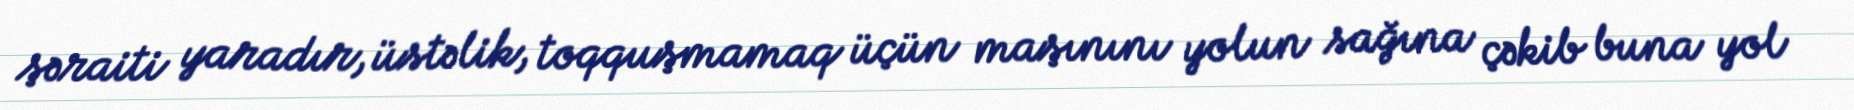
şəraiti yaradır, üstəlik, toqquşmamaq üçün maşınını yolun sağına çəkib buna yol